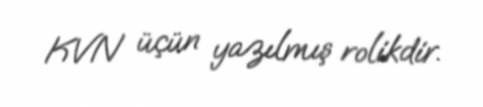
KVN üçün yazılmış rolikdir.